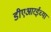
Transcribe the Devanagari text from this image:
डीएआरईच्या